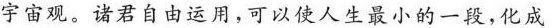
宇宙观。诸君自由运用，可以使人生最小的一段，化成